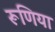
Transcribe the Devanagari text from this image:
रूणिया